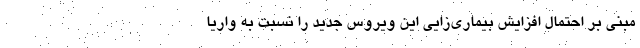
مبنی بر احتمال افزایش بیماری‌زایی این ویروس جدید را نسبت به واریا